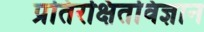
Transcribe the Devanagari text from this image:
प्रतिरक्षितविज्ञान